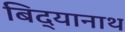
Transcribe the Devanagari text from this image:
बिद्यानाथ